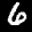
Label: 6